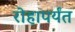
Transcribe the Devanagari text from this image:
रोहापर्यंत